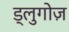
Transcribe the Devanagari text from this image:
ड्लुगोज़